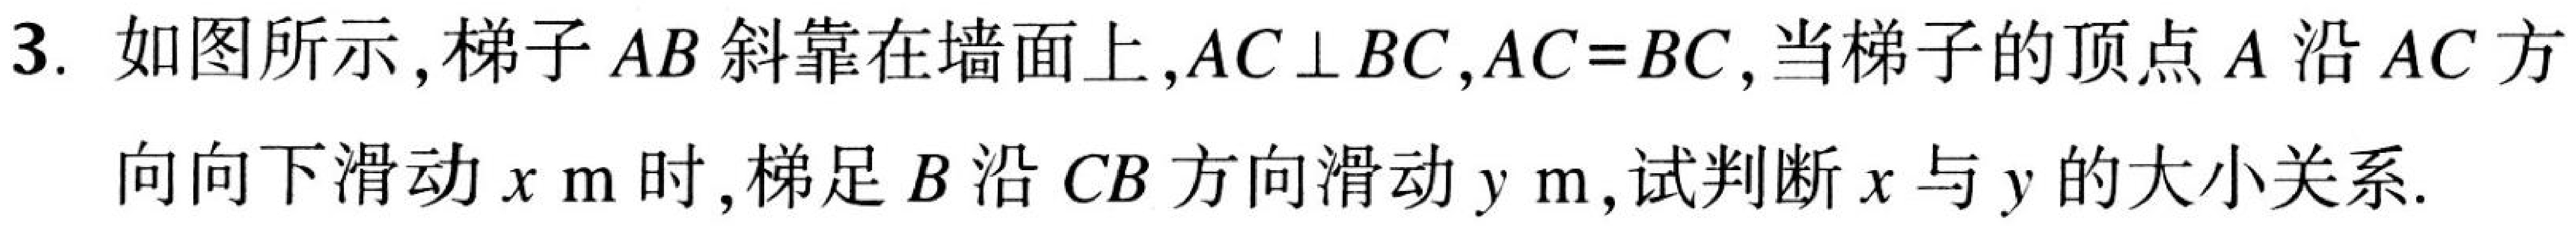
3. 如图所示，梯子 \(AB\) 斜靠在墙面上，\(AC\perp BC\)，\(AC = BC\)，当梯子的顶点 \(A\) 沿 \(AC\) 方向向下滑动 \(x\mathrm{ m}\) 时，梯足 \(B\) 沿 \(CB\) 方向滑动 \(y\mathrm{ m}\)，试判断 \(x\) 与 \(y\) 的大小关系.